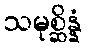
သမုစ္ဆိန္နံ